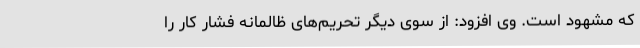
که مشهود است. وی افزود: از سوی دیگر تحریم‌های ظالمانه فشار کار را